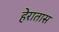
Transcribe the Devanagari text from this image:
हेरातास